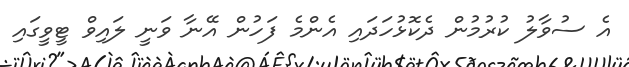
އެ ސުވާލު ކުރުމުން ދެކޮޅުހަދައި އެންމެ ފަހުން އޭނާ ވަނީ ލައިވް ޓީވީގައި